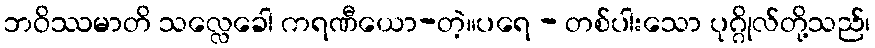
ဘဝိဿမာတိ သလ္လေခေါ ကရဏီယော-တဲ့။ပရေ - တစ်ပါးသော ပုဂ္ဂိုလ်တို့သည်၊